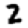
Digit: 2